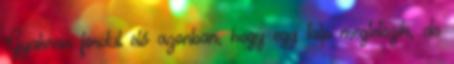
Gyakran fordul elő azonban, hogy egy talp megtetszik, de